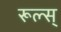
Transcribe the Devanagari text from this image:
रूल्स्